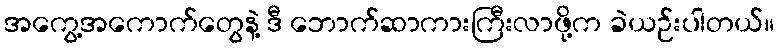
အကွေ့အကောက်တွေနဲ့ ဒီ ဘောက်ဆာကားကြီးလာဖို့က ခဲယဉ်းပါတယ်။